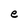
Character: e